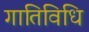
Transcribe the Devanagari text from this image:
गातिविधि